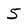
Character: 5